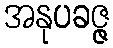
အနုပခဇ္ဇ